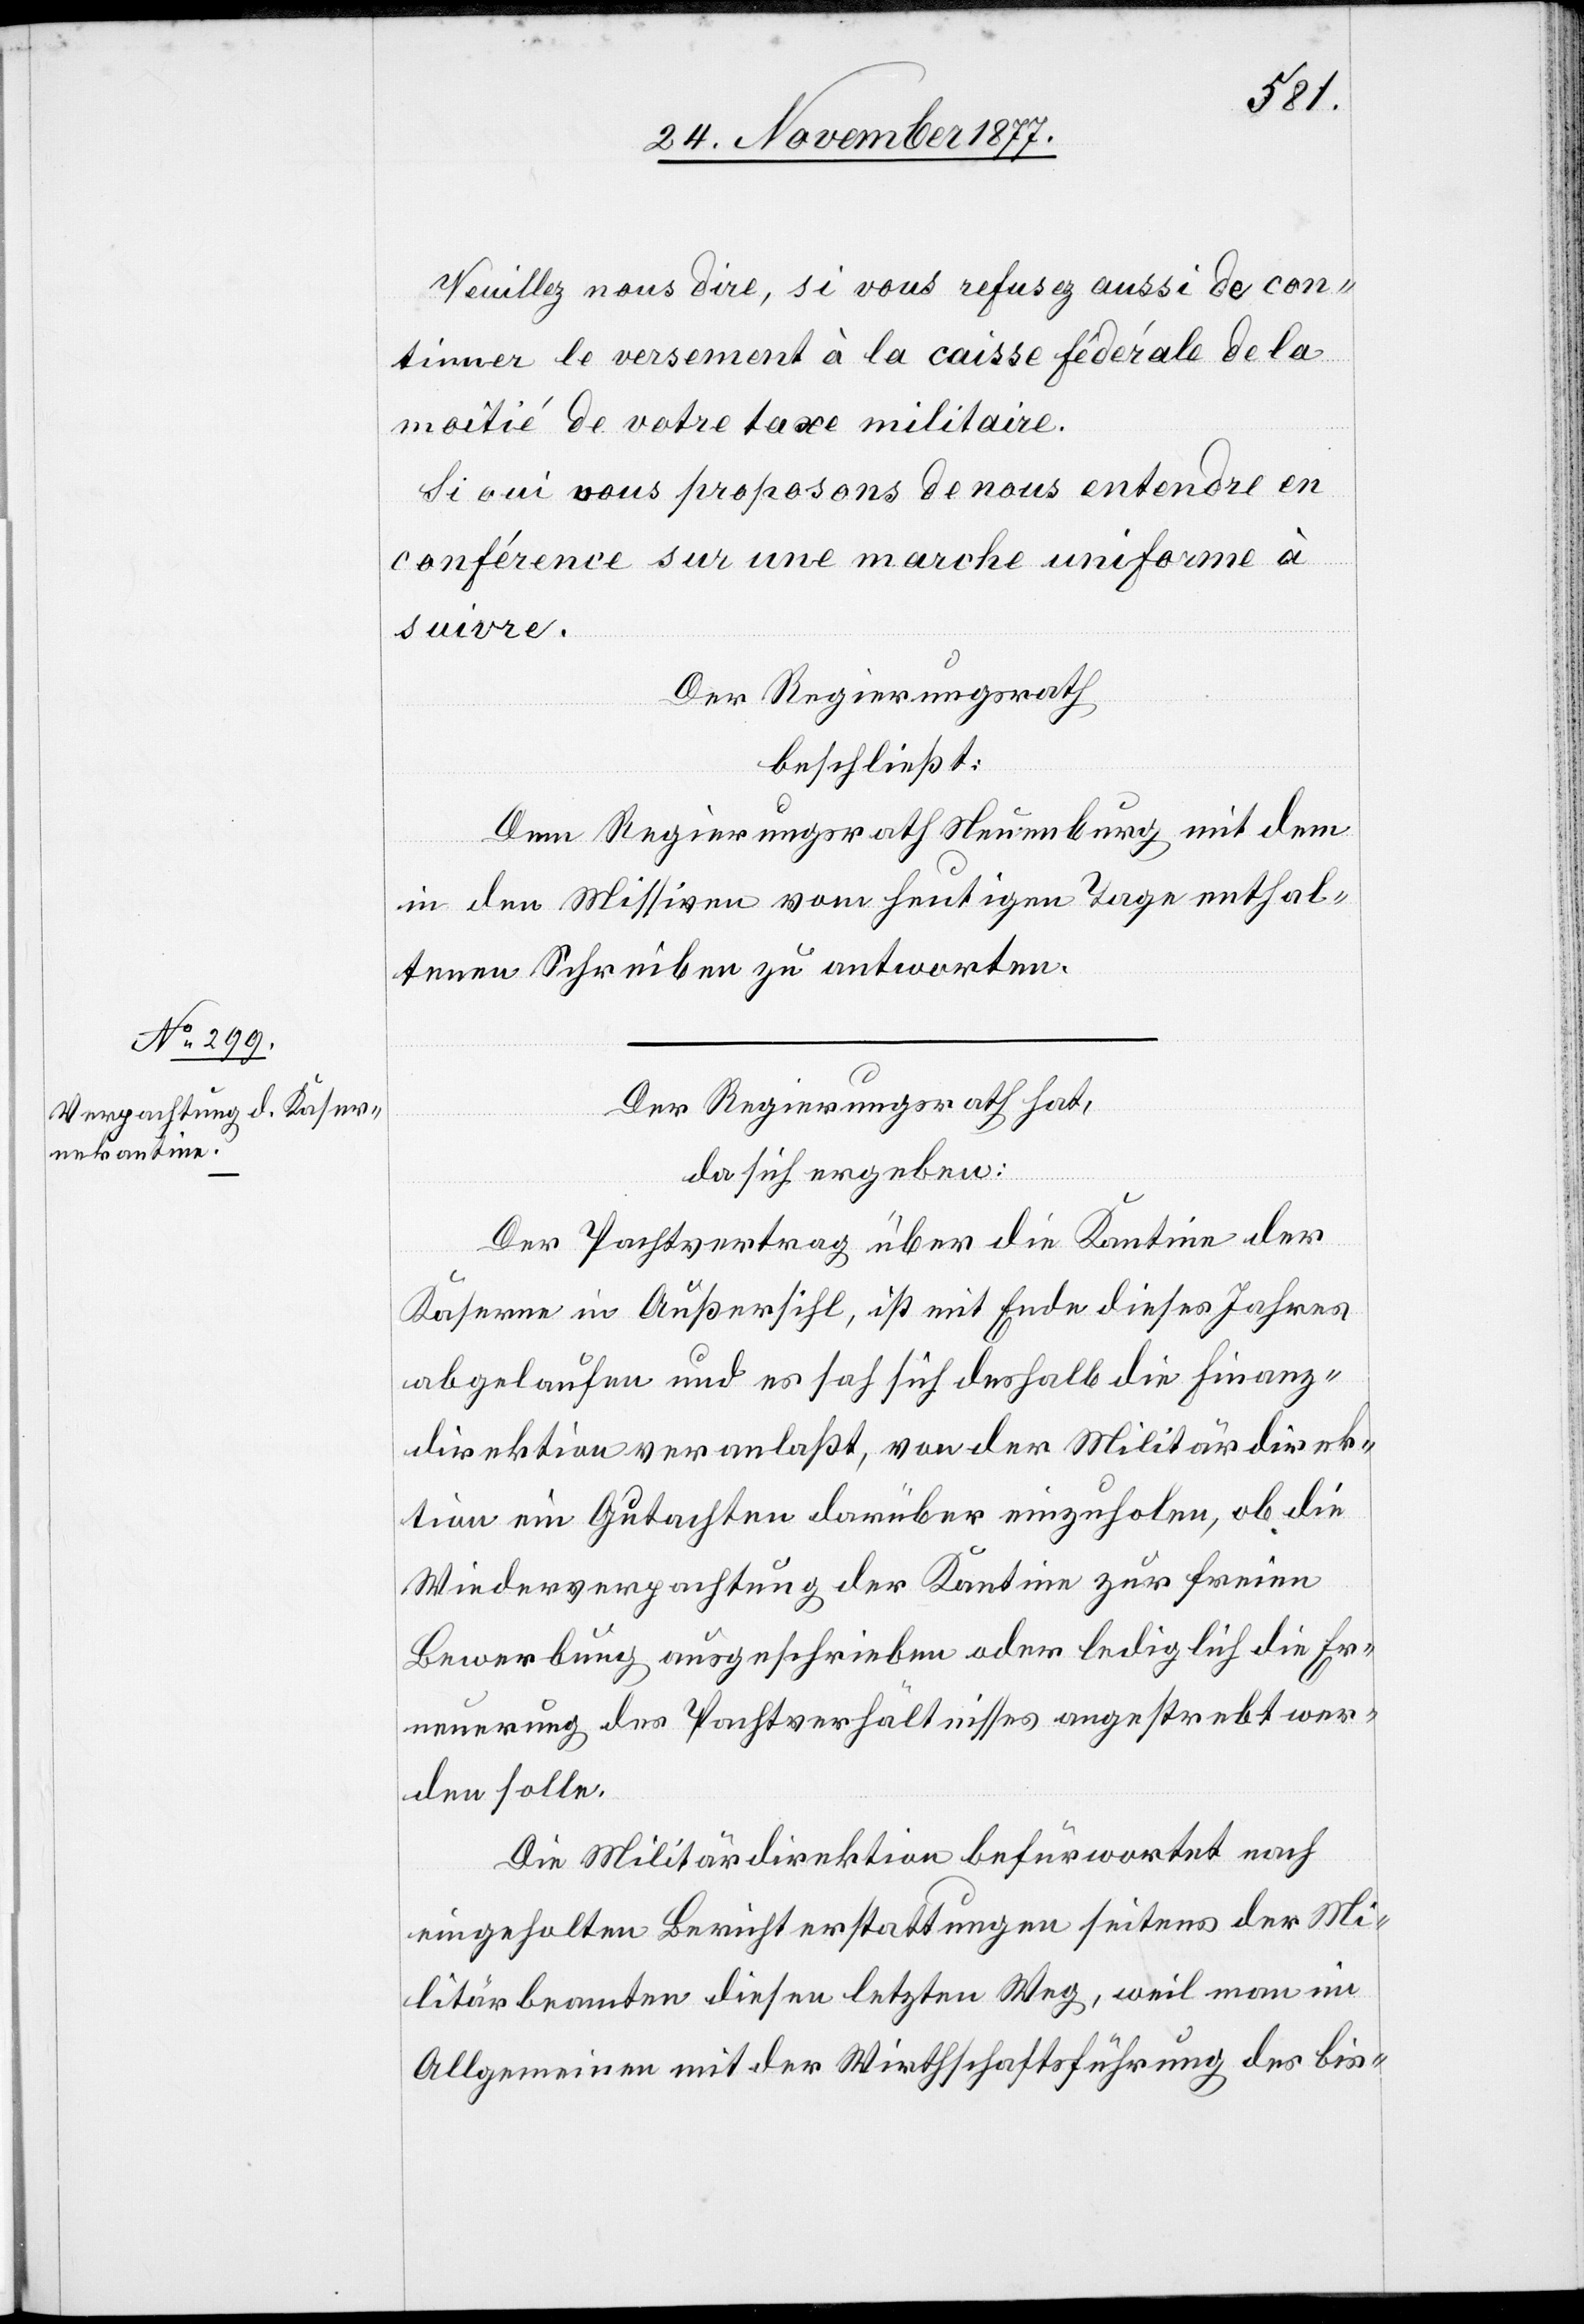
Veuillez nous dire, si vous refusez aussi de con¬
tinuer le versement à la caisse fédérale de la
moitié de votre taxe militaire.
Si oui vous proposons de nous entendre en
conférence sur une marche uniforme à
suivre.
Der Regierungsrath
beschließt:
Dem Regierungsrath Neuenburg mit dem
in den Missiven vom heutigen Tage enthal¬
tenen Schreiben zu antworten.
Der Regierungsrath hat,
da sich ergeben:
Der Pachtvertrag über die Kantine der
Kaserne in Außersihl, ist mit Ende dieses Jahres
abgelaufen und es sah sich deshalb die Finanz¬
direktion veranlaßt, von der Militärdirek¬
tion ein Gutachten darüber einzuholen, ob die
Wiederverpachtung der Kantine zur freien
Bewerbung ausgeschrieben oder lediglich die Er¬
neuerung des Pachtverhältnisses angestrebt wer¬
den solle.
Die Militärdirektion befürwortet nach
eingeholten Berichterstattungen seitens der Mi¬
litärbeamten diesen letzten Weg, weil man im
Allgemeinen mit der Wirthschaftsführung des bis-